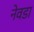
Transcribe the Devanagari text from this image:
नेवडा